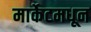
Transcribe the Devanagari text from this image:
मार्केटमधून